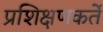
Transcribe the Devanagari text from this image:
प्रशिक्षणकर्ते